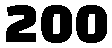
200